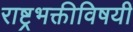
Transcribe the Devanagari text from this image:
राष्ट्रभक्तीविषयी